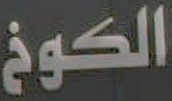
الكوخ